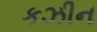
કઝીન